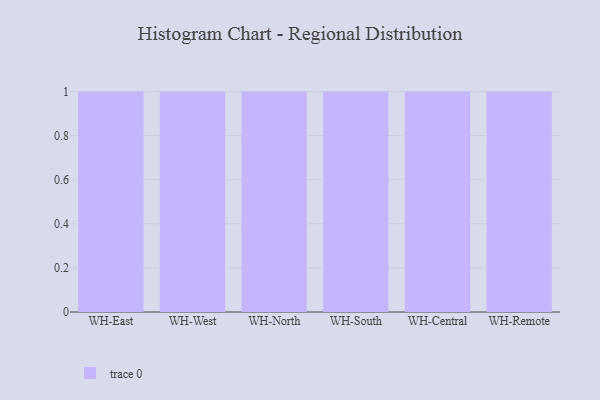
{"axis": {"x": "Warehouse", "y": "Shipments"}, "legend": [""], "data": [{"x": "WH-East", "y": 97, "type": ""}, {"x": "WH-West", "y": 16, "type": ""}, {"x": "WH-North", "y": 76, "type": ""}, {"x": "WH-South", "y": 90, "type": ""}, {"x": "WH-Central", "y": 44, "type": ""}, {"x": "WH-Remote", "y": 9, "type": ""}]}